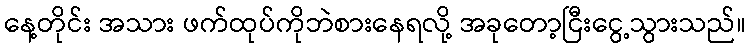
နေ့တိုင်း အသား ဖက်ထုပ်ကိုဘဲစားနေရလို့ အခုတော့ငြီးငွေ့သွားသည်။